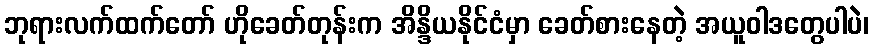
ဘုရားလက်ထက်တော် ဟိုခေတ်တုန်းက အိန္ဒိယနိုင်ငံမှာ ခေတ်စားနေတဲ့ အယူဝါဒတွေပါပဲ၊